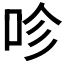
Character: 𠱉